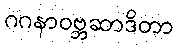
ဂဂနာဝဗ္ဘဆာဒိတာ